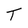
Character: T